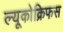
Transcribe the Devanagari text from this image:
ल्यूकोक्रिफस